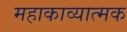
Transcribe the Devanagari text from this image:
महाकाव्‍यात्‍मक